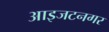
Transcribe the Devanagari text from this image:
आइजटनगर